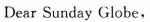
Dear Sunday Globe,